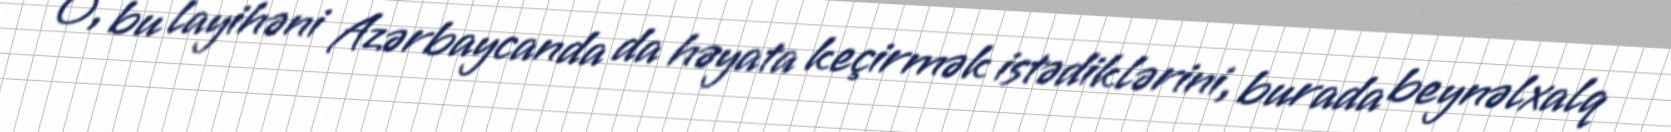
O, bu layihəni Azərbaycanda da həyata keçirmək istədiklərini, burada beynəlxalq